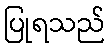
ပြုရသည်